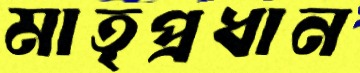
মাতৃপ্রধান